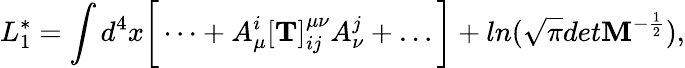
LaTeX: L_{1}^{*}=\int d^{4}x\bigg[\dots+A_{\mu}^{i}[{\mathbf T}]_{ij}^{\mu\nu}A_{\nu}^{j}+\dots\bigg]+ln(\sqrt\pi det{\mathbf M}^{-\frac 12}),